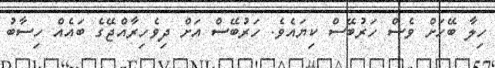
ހިލާ ބޭހަށް ވެސް ހަރުބޭސް ކިޔައެވެ. ހަރުބޭސް އަށް ދިވެހިރާއްޖޭގެ ބައެއް ހިސާބު